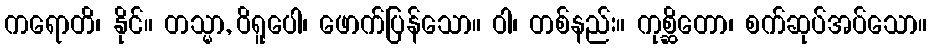
ကရောတိ၊ နိုင်။ တသ္မာ, ဝိရူပေါ၊ ဖောက်ပြန်သော။ ဝါ၊ တစ်နည်း။ ကုစ္ဆိတော၊ စက်ဆုပ်အပ်သော။